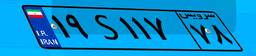
۱۹S۱۱۷۷۸